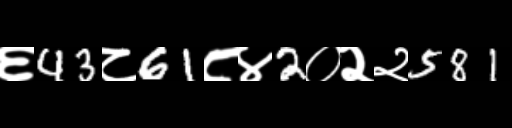
Text: ६43८61८४2०२२581